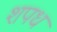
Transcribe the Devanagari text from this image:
शपध